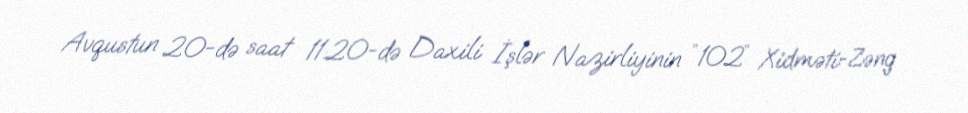
Avqustun 20-də saat 11:20-də Daxili İşlər Nazirliyinin ″102″ Xidməti-Zəng